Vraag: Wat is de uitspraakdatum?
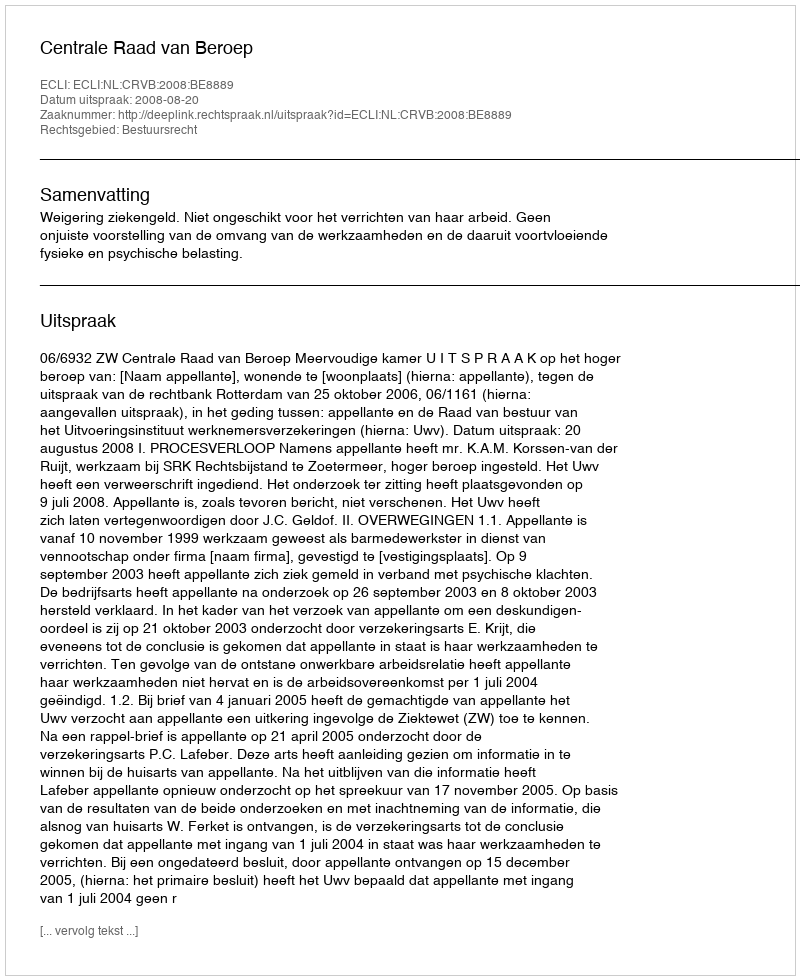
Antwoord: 2008-08-20